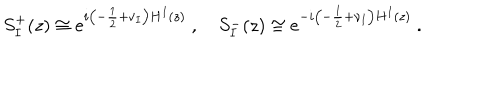
S _ { I } ^ { + } ( z ) \cong e ^ { i \left( - \frac { 1 } { 2 } + \nu _ { I } \right) H ^ { I } ( z ) } ~ , \quad S _ { I } ^ { - } ( z ) \cong e ^ { - i \left( - \frac { 1 } { 2 } + \nu _ { I } \right) H ^ { I } ( z ) } ~ .